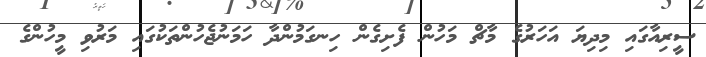
ސީރިއާގައި މިދިޔަ އަހަރުގެ މާޗް މަހުން ފެށިގެން ހިނގަމުންދާ ހަމަނުޖެހުންތަކުގައި މަރުވި މީހުންގެ